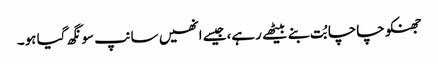
جھنکو چاچا بُت بنے بیٹھے رہے،جیسے انھیں سانپ سونگھ گیا ہو۔